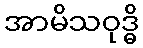
အာမိသဝုဒ္ဓိ